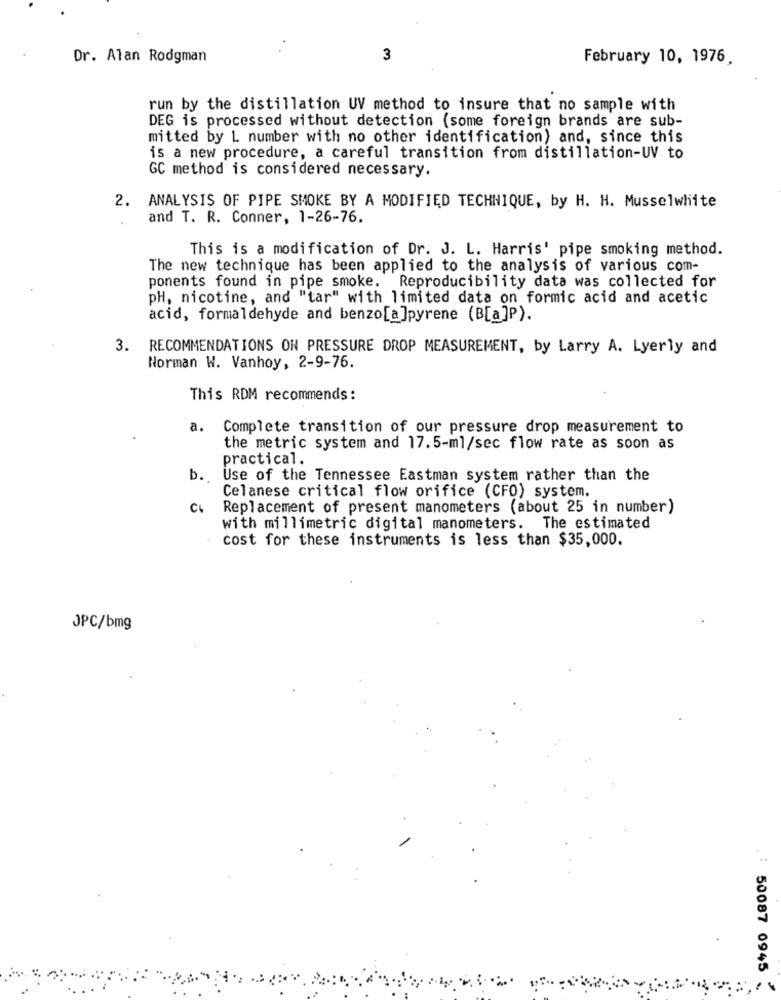
Dr. Alan Rodgman
3
February 10, 1976
run by the distillation UV method to insure that no sample with
DEG is processed without detection (some foreign brands are sub-
mitted by 1. number with no other identification) and, since this
is a new procedure, a careful transition from distillation-UV to
GC method is considered necessary.
2. ANALYSIS OF PIPE SMOKE BY A MODIFIED TECHNIQUE, by H. H. Musselwhite
and T. R. Conner, 1-26-76.
This is a modification of Dr. J. L. Harris' pipe smoking method.
The new technique has been applied to the analysis of various com-
ponents found in pipe smoke. Reproducibility data was collected for
pH, nicotine, and "tar" with limited data on formic acid and acetic
acid, formaldehyde and benzo[a]pyrene (B[a]P).
3. RECOMMENDATIONS ON PRESSURE DROP MEASUREMENT, by Larry A. Lyerly and
Norman W. Vanhoy, 2-9-76.
This RDM recommends:
a. Complete transition of our pressure drop measurement to
the metric system and 17.5-ml/sec flow rate as soon as
practical.
b.
Use of the Tennessee Eastman system rather than the
Celanese critical flow orifice (CFO) system.
Replacement of present manometers (about 25 in number)
with millimetric digital manometers. The estimated
cost for these instruments is less than $35,000.
JPC/bmg
50087 0945